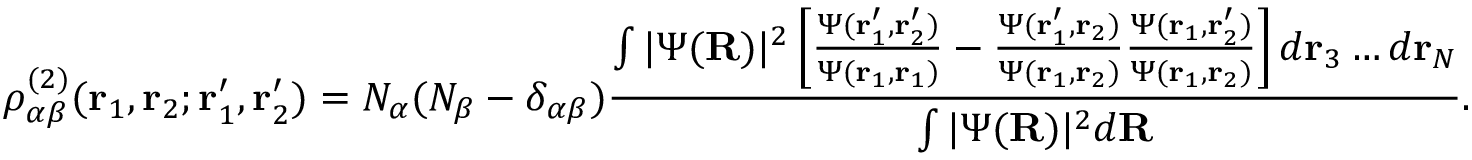
\rho _ { \alpha \beta } ^ { ( 2 ) } ( \mathbf { r } _ { 1 } , \mathbf { r } _ { 2 } ; \mathbf { r } _ { 1 } ^ { \prime } , \mathbf { r } _ { 2 } ^ { \prime } ) = N _ { \alpha } ( N _ { \beta } - \delta _ { \alpha \beta } ) \frac { \int | \Psi ( \mathbf { R } ) | ^ { 2 } \left[ \frac { \Psi ( \mathbf { r } _ { 1 } ^ { \prime } , \mathbf { r } _ { 2 } ^ { \prime } ) } { \Psi ( \mathbf { r } _ { 1 } , \mathbf { r } _ { 1 } ) } - \frac { \Psi ( \mathbf { r } _ { 1 } ^ { \prime } , \mathbf { r } _ { 2 } ) } { \Psi ( \mathbf { r } _ { 1 } , \mathbf { r } _ { 2 } ) } \frac { \Psi ( \mathbf { r } _ { 1 } , \mathbf { r } _ { 2 } ^ { \prime } ) } { \Psi ( \mathbf { r } _ { 1 } , \mathbf { r } _ { 2 } ) } \right] d \mathbf { r } _ { 3 } \dots d \mathbf { r } _ { N } } { \int | \Psi ( \mathbf { R } ) | ^ { 2 } d \mathbf { R } } .